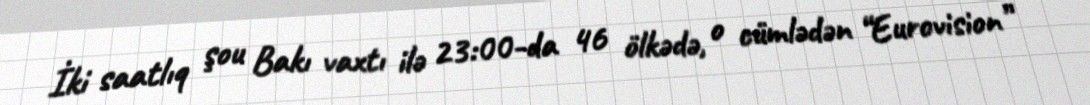
İki saatlıq şou Bakı vaxtı ilə 23:00-da 46 ölkədə, o cümlədən “Eurovision”